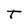
Character: T